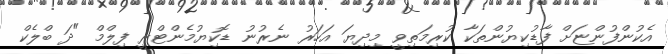
އެކުންފުންޏަށް ފާޑުކިޔުންތަކާ ކުރިމަތިވީ މިދިޔަ އަހަރު ނެރުނު ޑޮކިޔުމެންޓްރީ ފިލްމް "ދަ ބްލެކް